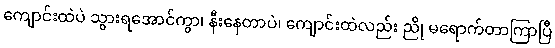
ကျောင်းထဲပဲ သွားရအောင်ကွာ၊ နီးနေတာပဲ၊ ကျောင်းထဲလည်း ညို မရောက်တာကြာပြီ